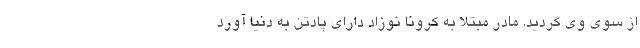
از سوی وی گردید. مادر مبتلا به کرونا نوزاد دارای پادتن به دنیا آورد